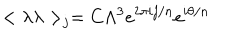
LaTeX: < \lambda \lambda > _ { j } = C \Lambda ^ { 3 } e ^ { 2 \pi i j / n } e ^ { i \theta / n }